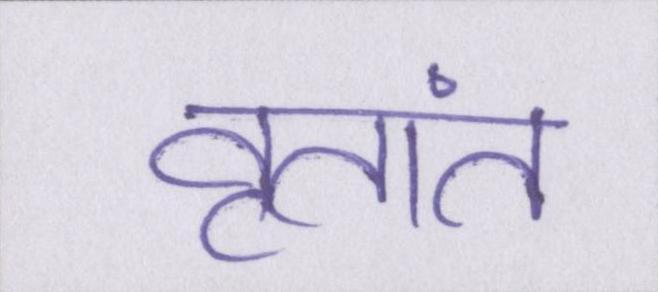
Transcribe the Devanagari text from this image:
वृतांत